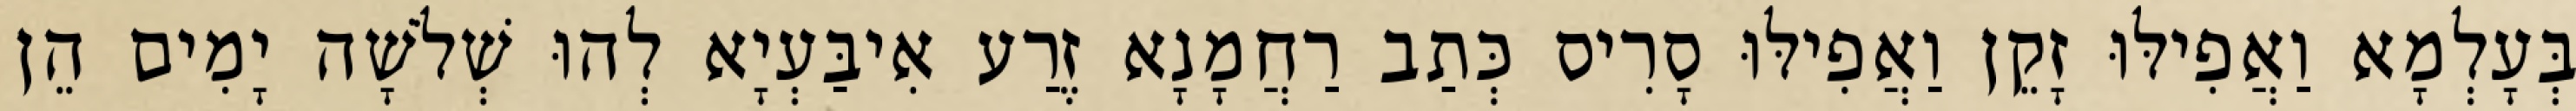
בְּעָלְמָא וַאֲפִילּוּ זָקֵן וַאֲפִילּוּ סָרִיס כְּתַב רַחֲמָנָא זֶרַע אִיבַּעְיָא לְהוּ שְׁלֹשָׁה יָמִים הֵן